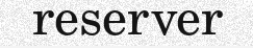
reserver